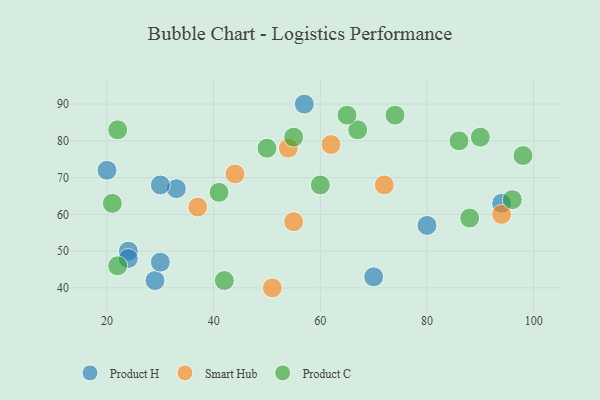
{"axis": {"x": "GDP", "y": "Life Expectancy"}, "legend": ["Product C", "Product H", "Smart Hub"], "data": [{"x": "24", "y": 50, "type": "Product H"}, {"x": "24", "y": 48, "type": "Product H"}, {"x": "20", "y": 72, "type": "Product H"}, {"x": "29", "y": 42, "type": "Product H"}, {"x": "80", "y": 57, "type": "Product H"}, {"x": "30", "y": 47, "type": "Product H"}, {"x": "57", "y": 90, "type": "Product H"}, {"x": "70", "y": 43, "type": "Product H"}, {"x": "33", "y": 67, "type": "Product H"}, {"x": "30", "y": 68, "type": "Product H"}, {"x": "94", "y": 63, "type": "Product H"}, {"x": "37", "y": 62, "type": "Smart Hub"}, {"x": "54", "y": 78, "type": "Smart Hub"}, {"x": "94", "y": 60, "type": "Smart Hub"}, {"x": "55", "y": 58, "type": "Smart Hub"}, {"x": "72", "y": 68, "type": "Smart Hub"}, {"x": "44", "y": 71, "type": "Smart Hub"}, {"x": "62", "y": 79, "type": "Smart Hub"}, {"x": "51", "y": 40, "type": "Smart Hub"}, {"x": "67", "y": 83, "type": "Product C"}, {"x": "88", "y": 59, "type": "Product C"}, {"x": "65", "y": 87, "type": "Product C"}, {"x": "86", "y": 80, "type": "Product C"}, {"x": "55", "y": 81, "type": "Product C"}, {"x": "90", "y": 81, "type": "Product C"}, {"x": "41", "y": 66, "type": "Product C"}, {"x": "21", "y": 63, "type": "Product C"}, {"x": "50", "y": 78, "type": "Product C"}, {"x": "96", "y": 64, "type": "Product C"}, {"x": "98", "y": 76, "type": "Product C"}, {"x": "42", "y": 42, "type": "Product C"}, {"x": "60", "y": 68, "type": "Product C"}, {"x": "74", "y": 87, "type": "Product C"}, {"x": "22", "y": 83, "type": "Product C"}, {"x": "22", "y": 46, "type": "Product C"}]}